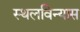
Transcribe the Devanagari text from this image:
स्थलविन्यास